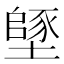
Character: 𡑸